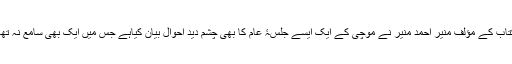
کتاب کے مؤلف منیر احمد منیر نے موچی کے ایک ایسے جلسۂ عام کا بھی چشم دید احوال بیان کیاہے جس میں ایک بھی سامع نہ تھا۔